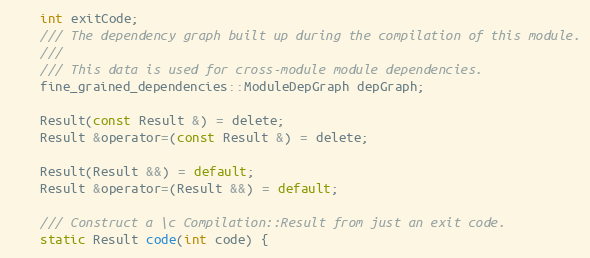
Language: C
    int exitCode;
    /// The dependency graph built up during the compilation of this module.
    ///
    /// This data is used for cross-module module dependencies.
    fine_grained_dependencies::ModuleDepGraph depGraph;

    Result(const Result &) = delete;
    Result &operator=(const Result &) = delete;

    Result(Result &&) = default;
    Result &operator=(Result &&) = default;

    /// Construct a \c Compilation::Result from just an exit code.
    static Result code(int code) {